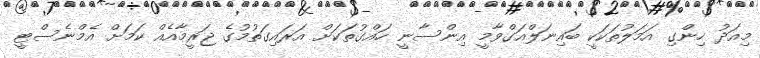
މިއަދު ހިންގި އަމަލުތަކަކީ ބައިނަލްއަގްވާމީ އިންސާނީ ހައްގުތަކަށް އަރައިގަތުމުގެ ޖަރީމާއެއް ކަމަށް އެމްނެސްޓީ